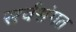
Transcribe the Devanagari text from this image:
सर्वसंगत